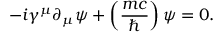
- i \gamma ^ { \mu } \partial _ { \mu } \psi + \left( { \frac { m c } { \hbar } } \right) \psi = 0 .